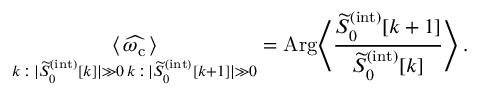
\underset { \substack { k \, : \, | \widetilde { S } _ { 0 } ^ { ( \mathrm { i n t } ) } [ k ] | \gg 0 \, k \, : \, | \widetilde { S } _ { 0 } ^ { ( \mathrm { i n t } ) } [ k + 1 ] | \gg 0 } } { \langle \, \widehat { \omega _ { \mathrm { c } } } \, \rangle } = \mathrm { A r g } \Bigg \langle \frac { \widetilde { S } _ { 0 } ^ { ( \mathrm { i n t } ) } [ k + 1 ] } { \widetilde { S } _ { 0 } ^ { ( \mathrm { i n t } ) } [ k ] } \Bigg \rangle \, .